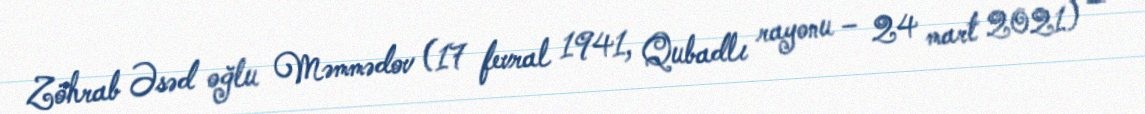
Zöhrab Əsəd oğlu Məmmədov (17 fevral 1941, Qubadlı rayonu – 24 mart 2021) —